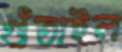
গুঁতাইল